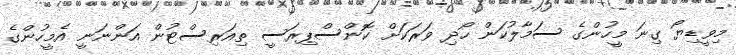
މިވީޑިޔޯ ގިނަ މީހުންގެ ސަމާލުކަން ހޯދި ވަރަކަށް ކޮންސްޕިރަސީ ތިއަރިސްޓުން އަންނަނީ އެމީހުންގެ